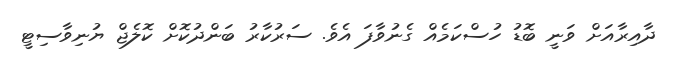
ދާއިރާއަށް ވަނީ ބޮޑު ހުސްކަމެއް ގެނުވާފަ އެވެ. ސަރުކާރު ބަންދުކޮށް ކޮލެޖް ޔުނިވާސިޓީ